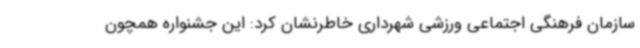
سازمان فرهنگی اجتماعی ورزشی شهرداری خاطرنشان کرد: این جشنواره همچون